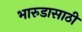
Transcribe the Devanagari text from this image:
भारुडासाठी